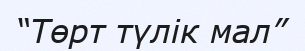
“Төрт түлік мал”